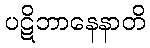
ပဋိဘာနေနာတိ